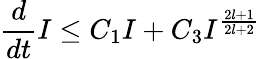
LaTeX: \frac{d}{dt}I\leq C_{1}I+C_{3}I^{\frac{2l+1}{2l+2}}